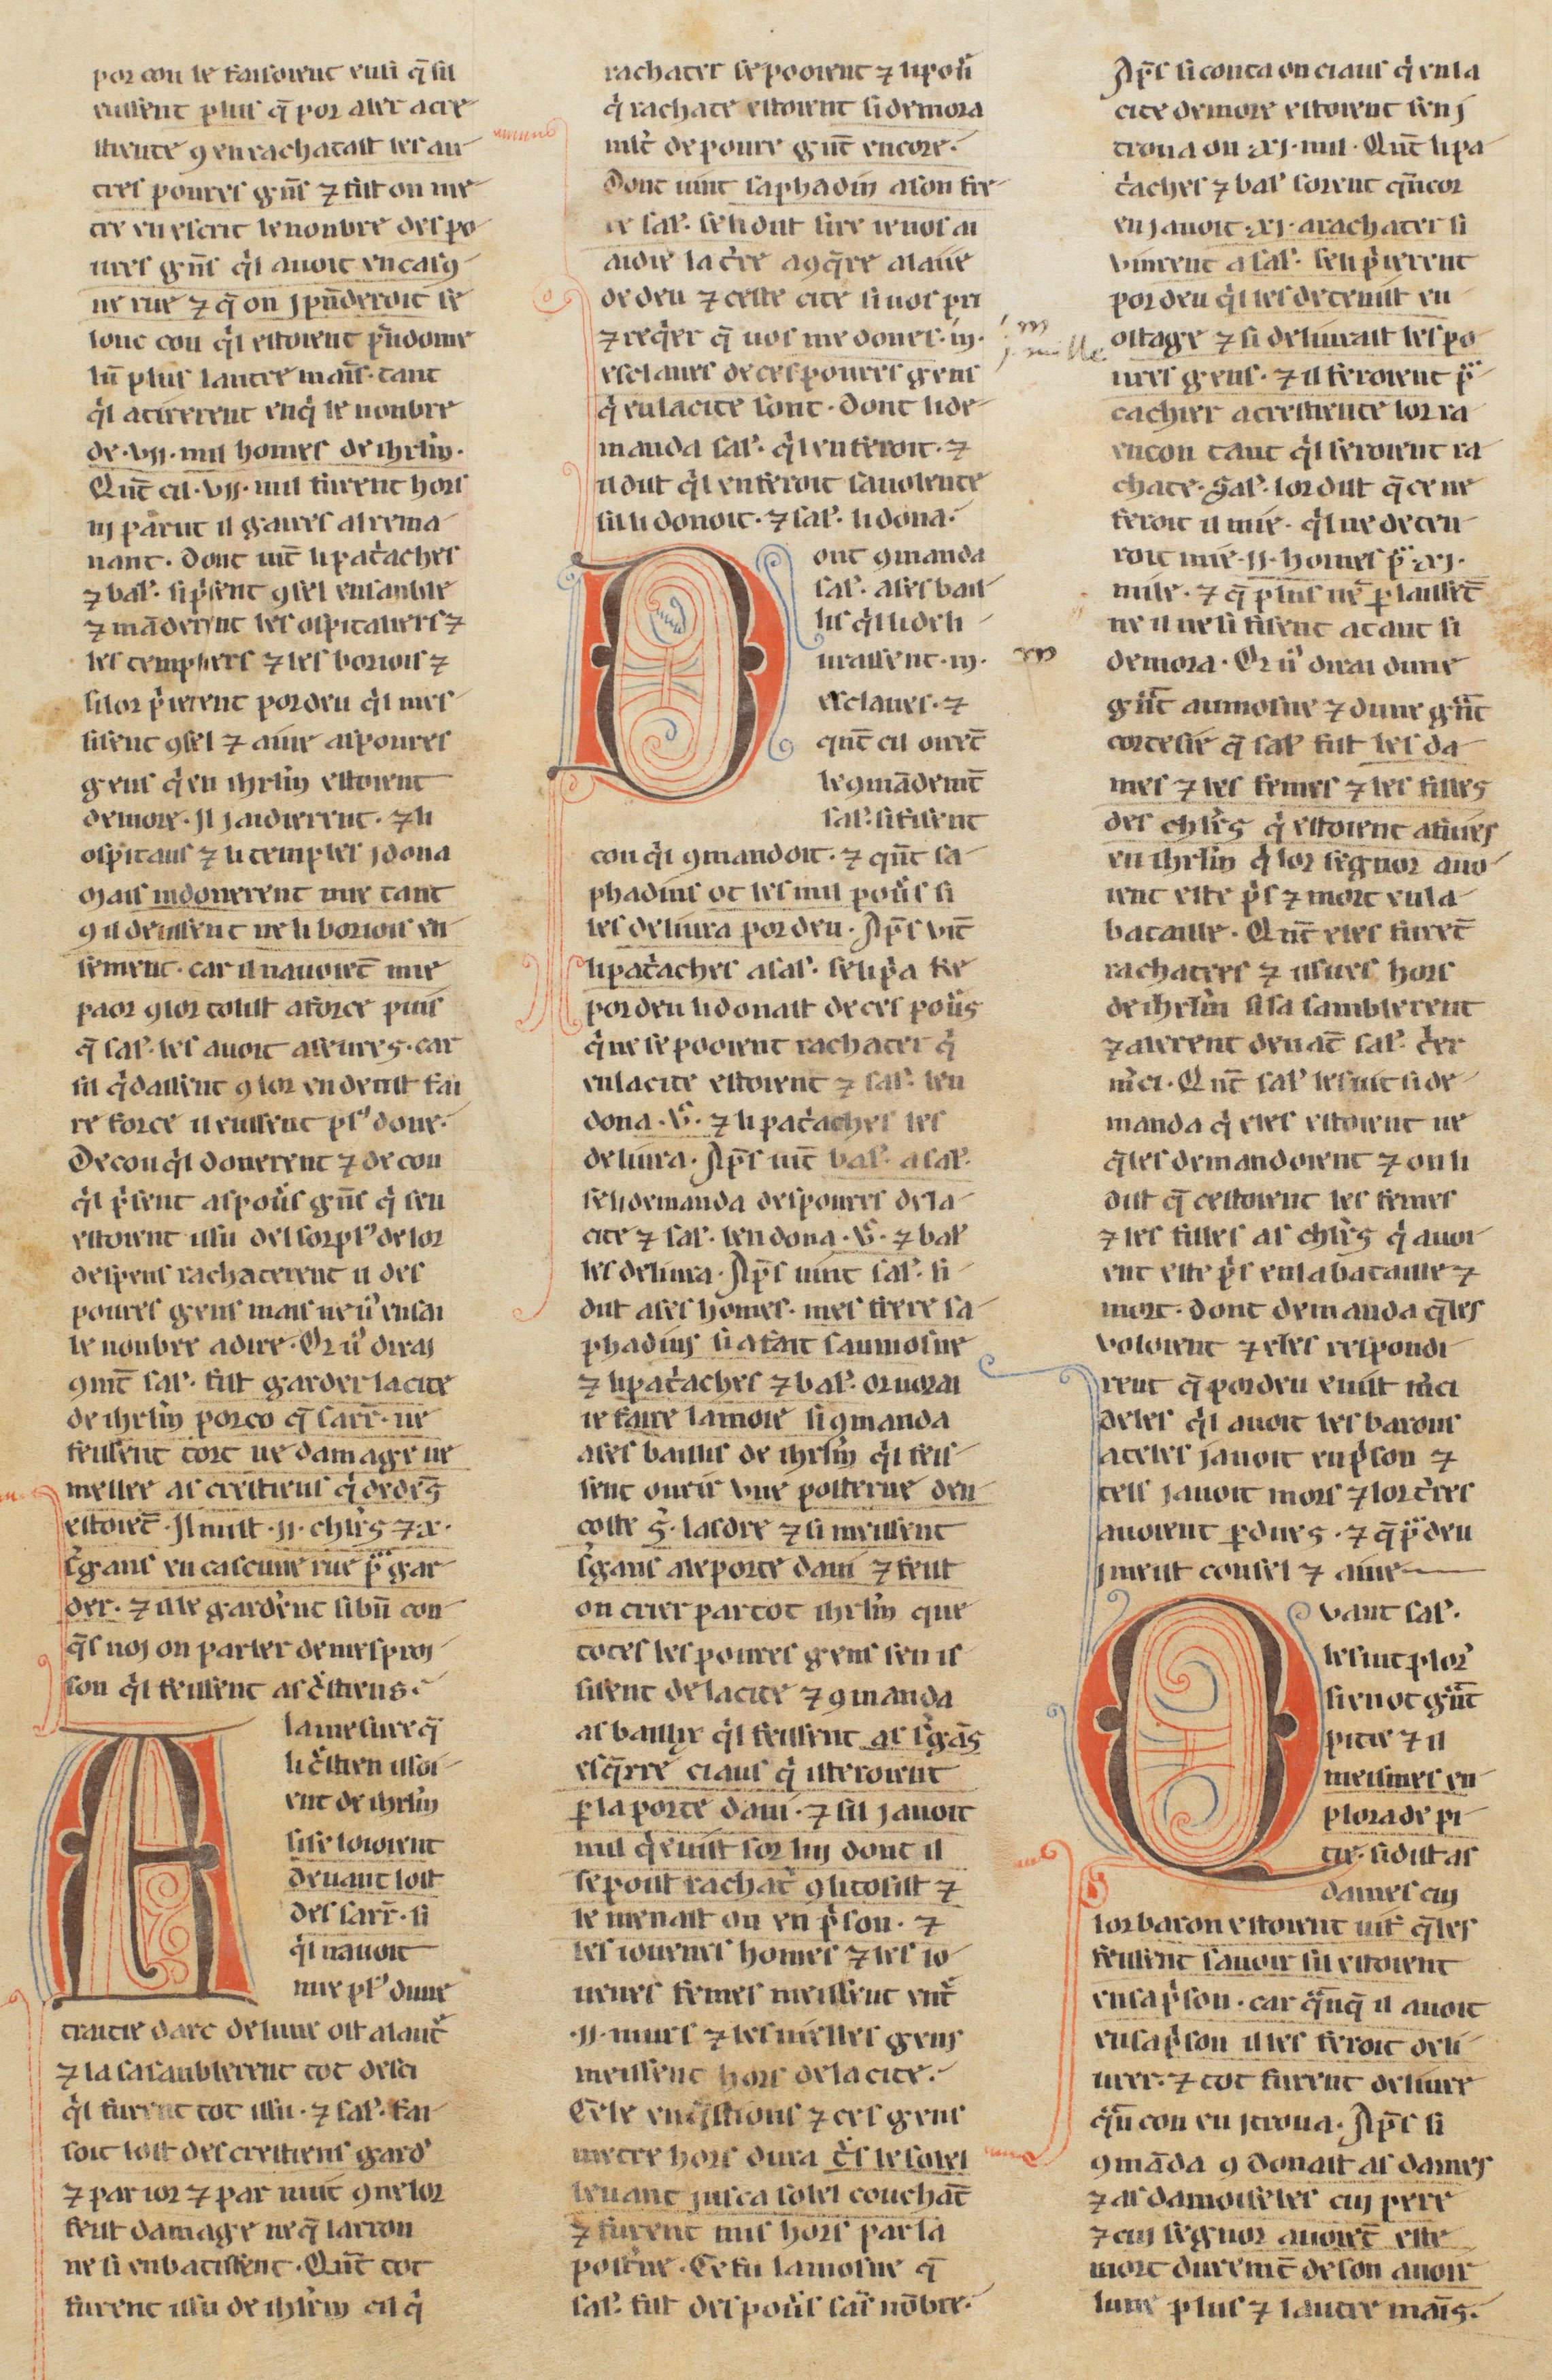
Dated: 1255–1285